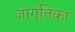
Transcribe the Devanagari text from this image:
जागृतिका